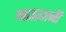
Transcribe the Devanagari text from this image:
भाऊदाजी